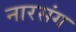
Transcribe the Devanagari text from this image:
नारसंग